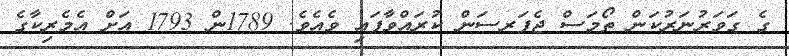
ގެ ގަވަރުނަރުކަން ތޯމަސް ޖެފަރސަން ކުރައްވާފައި ވެއެވެ. 1789ން 1793 އަށް އެމެރިކާގެ